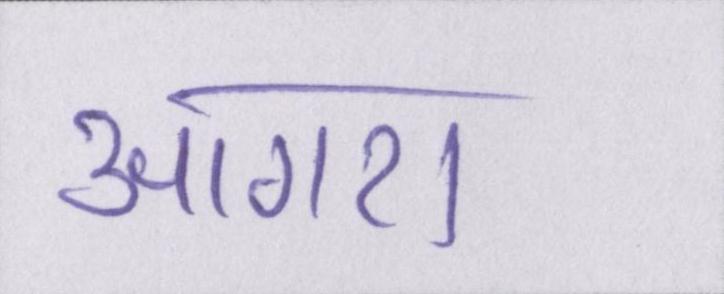
आगरा